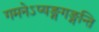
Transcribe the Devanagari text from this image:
गमनेऽप्यङ्गगङ्गन्ति